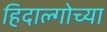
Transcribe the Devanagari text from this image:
हिदाल्गोच्या